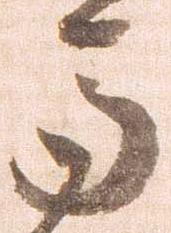
馬